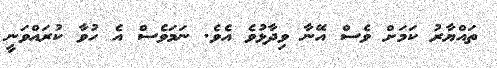
ތައްޔާރު ކަމަށް ވެސް އޭނާ ވިދާޅުވެ އެވެ. ނަމަވެސް އެ ހުވާ ކުރައްވަނީ